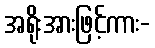
အရိုးအားဖြင့်ကား-